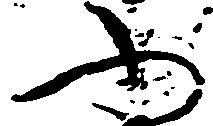
ふ